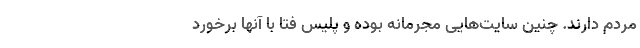
مردم دارند. چنین سایت‌هایی مجرمانه بوده و پلیس فتا با آنها برخورد